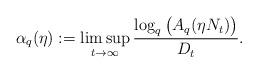
LaTeX: \begin{align*}\alpha_q(\eta):=\limsup_{t\rightarrow\infty}\frac{\log_q\big(A_q(\eta N_t)\big)}{D_t}.\end{align*}